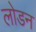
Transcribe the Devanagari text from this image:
लोडन